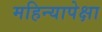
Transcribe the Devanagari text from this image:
महिन्यापेक्षा